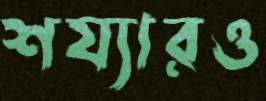
শয্যারও